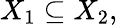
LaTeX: X_{1}\subseteq X_{2},